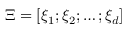
\Xi = [ \xi _ { 1 } ; \xi _ { 2 } ; \ldots ; \xi _ { d } ]